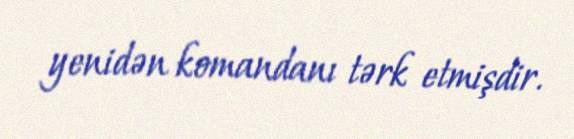
yenidən komandanı tərk etmişdir.